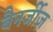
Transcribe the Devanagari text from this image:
बैनर्जीज़